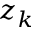
z _ { k }